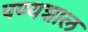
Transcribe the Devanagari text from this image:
पण्यशाल